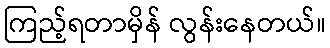
ကြည့်ရတာမှိန် လွန်းနေတယ်။